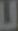
ப